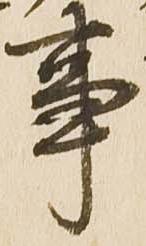
事